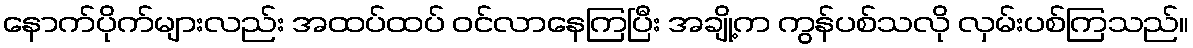
နောက်ပိုက်များလည်း အထပ်ထပ် ဝင်လာနေကြပြီး အချို့က ကွန်ပစ်သလို လှမ်းပစ်ကြသည်။